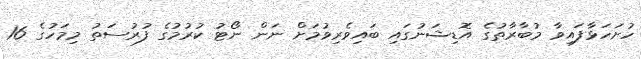
ހުށަހަޅާފައިވާ މުބާރާތުގެ އޮޑިޝަނުގައި ބައިވެރިވުމަށް ނަން ނޯޓު ކުރުމުގެ ފުރުސަތު މިމަހުގެ 16